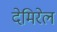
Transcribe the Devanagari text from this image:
देमिरेल